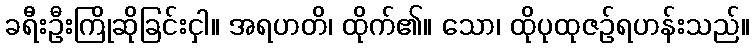
ခရီးဦးကြိုဆိုခြင်းငှါ။ အရဟတိ၊ ထိုက်၏။ သော၊ ထိုပုထုဇဉ်ရဟန်းသည်။